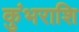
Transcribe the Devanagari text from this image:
कुंभराशि